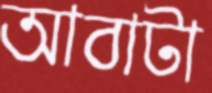
আবাটা